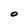
Character: O